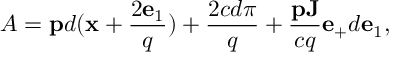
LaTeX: { \cal A } = { \bf p } d ( { \bf x } + \frac { 2 { \bf e } _ { 1 } } { q } ) + \frac { 2 c d \pi } { q } + \frac { { \bf p J } } { c q } { \bf e } _ { + } d { \bf e } _ { 1 } ,